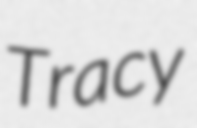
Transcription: Tracy